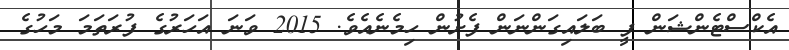
އެކްސްޓެންޝަން ފީ ބަލައިގަންނަން ފެށުން ހިމެނެއެވެ. 2015 ވަނަ އަހަރުގެ ފުރަތަމަ މަހުގެ